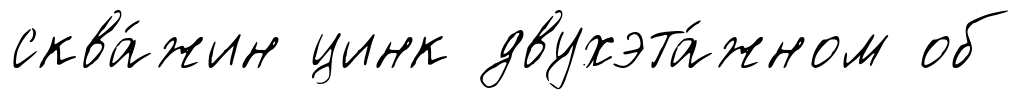
сква́жин цинк двухэта́жном об